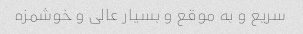
سریع و به موقع و بسیار عالی و خوشمزه